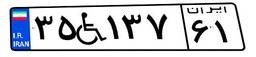
۳۵W۱۳۷۶۱